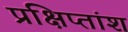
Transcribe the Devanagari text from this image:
प्रक्षिप्तांश